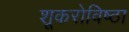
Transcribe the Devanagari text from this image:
शूकरोविष्ठा